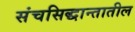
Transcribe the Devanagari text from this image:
संचसिद्धान्तातील